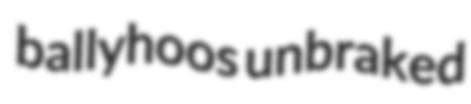
ballyhoos unbraked